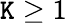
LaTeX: \mathtt{K}\geq1